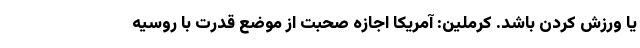
یا ورزش کردن باشد. کرملین: آمریکا اجازه صحبت از موضع قدرت با روسیه